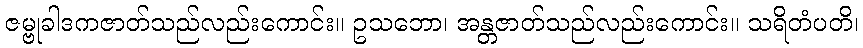
ဇမ္ဗုခါဒကဇာတ်သည်လည်းကောင်း။ ဥသဘော၊ အန္တဇာတ်သည်လည်းကောင်း။ သရိတံပတိ၊